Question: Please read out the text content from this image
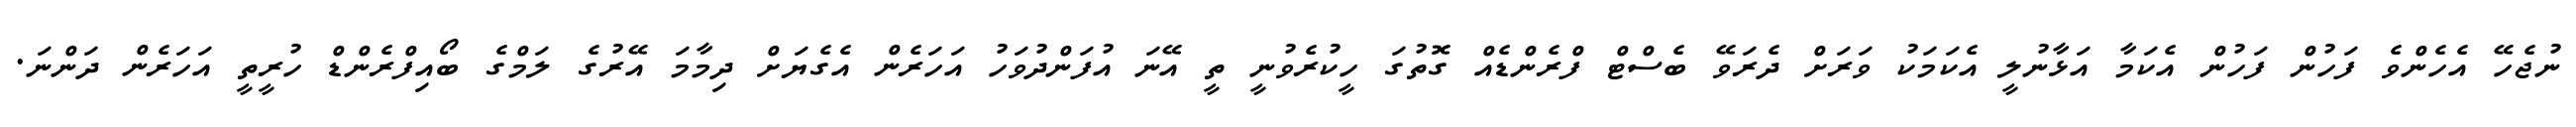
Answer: ނުޖެހޭ އެހެންވެ ފަހުން ފަހުން އެކަމާ އަޅާނުލީ އެކަމަކު ވަރަށް ދެރަވޭ ބެސްޓް ފްރެންޑެއް ގޮތުގަ ހީކުރެވުނީ ތީ އޭނަ އުފަންދުވަހު އަހަރެން އެގެޔަށް ދިމާމަ އޭރުގެ ލަމްގެ ބޯއިފްރެންޑް ހުރީތީ އަހަރެން ދަންނަ.